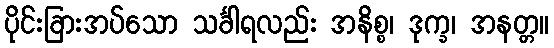
ပိုင်းခြားအပ်သော သင်္ခါရလည်း အနိစ္စ၊ ဒုက္ခ၊ အနတ္တ။